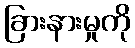
ခြားနားမှုကို